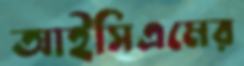
আইসিএমের